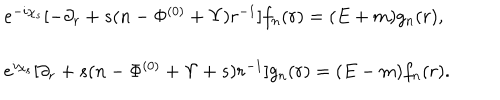
\begin{array} { l } { { e ^ { - i \chi _ { s } } [ - \partial _ { r } + s ( n - \Phi ^ { ( 0 ) } + \Upsilon ) r ^ { - 1 } ] f _ { n } ( r ) = ( E + m ) g _ { n } ( r ) , } } \\ { { e ^ { i \chi _ { s } } [ \partial _ { r } + s ( n - \Phi ^ { ( 0 ) } + \Upsilon + s ) r ^ { - 1 } ] g _ { n } ( r ) = ( E - m ) f _ { n } ( r ) . } } \\ \end{array}